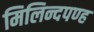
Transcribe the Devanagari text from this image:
मिलिन्दपण्ह